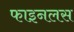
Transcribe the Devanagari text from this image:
फाइनलस